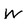
Character: W